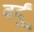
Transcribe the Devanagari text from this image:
वर्दूं